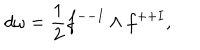
d \omega = { \frac { 1 } { 2 } } f ^ { -- I } \wedge f ^ { + + I } ,